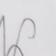
Signature authenticity: genuine